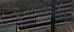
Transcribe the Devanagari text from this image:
प्रयोगशिलता